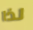
لذا